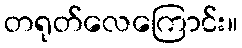
တရုတ်လေကြောင်း။